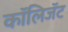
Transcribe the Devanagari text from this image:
कॉलिजॅट